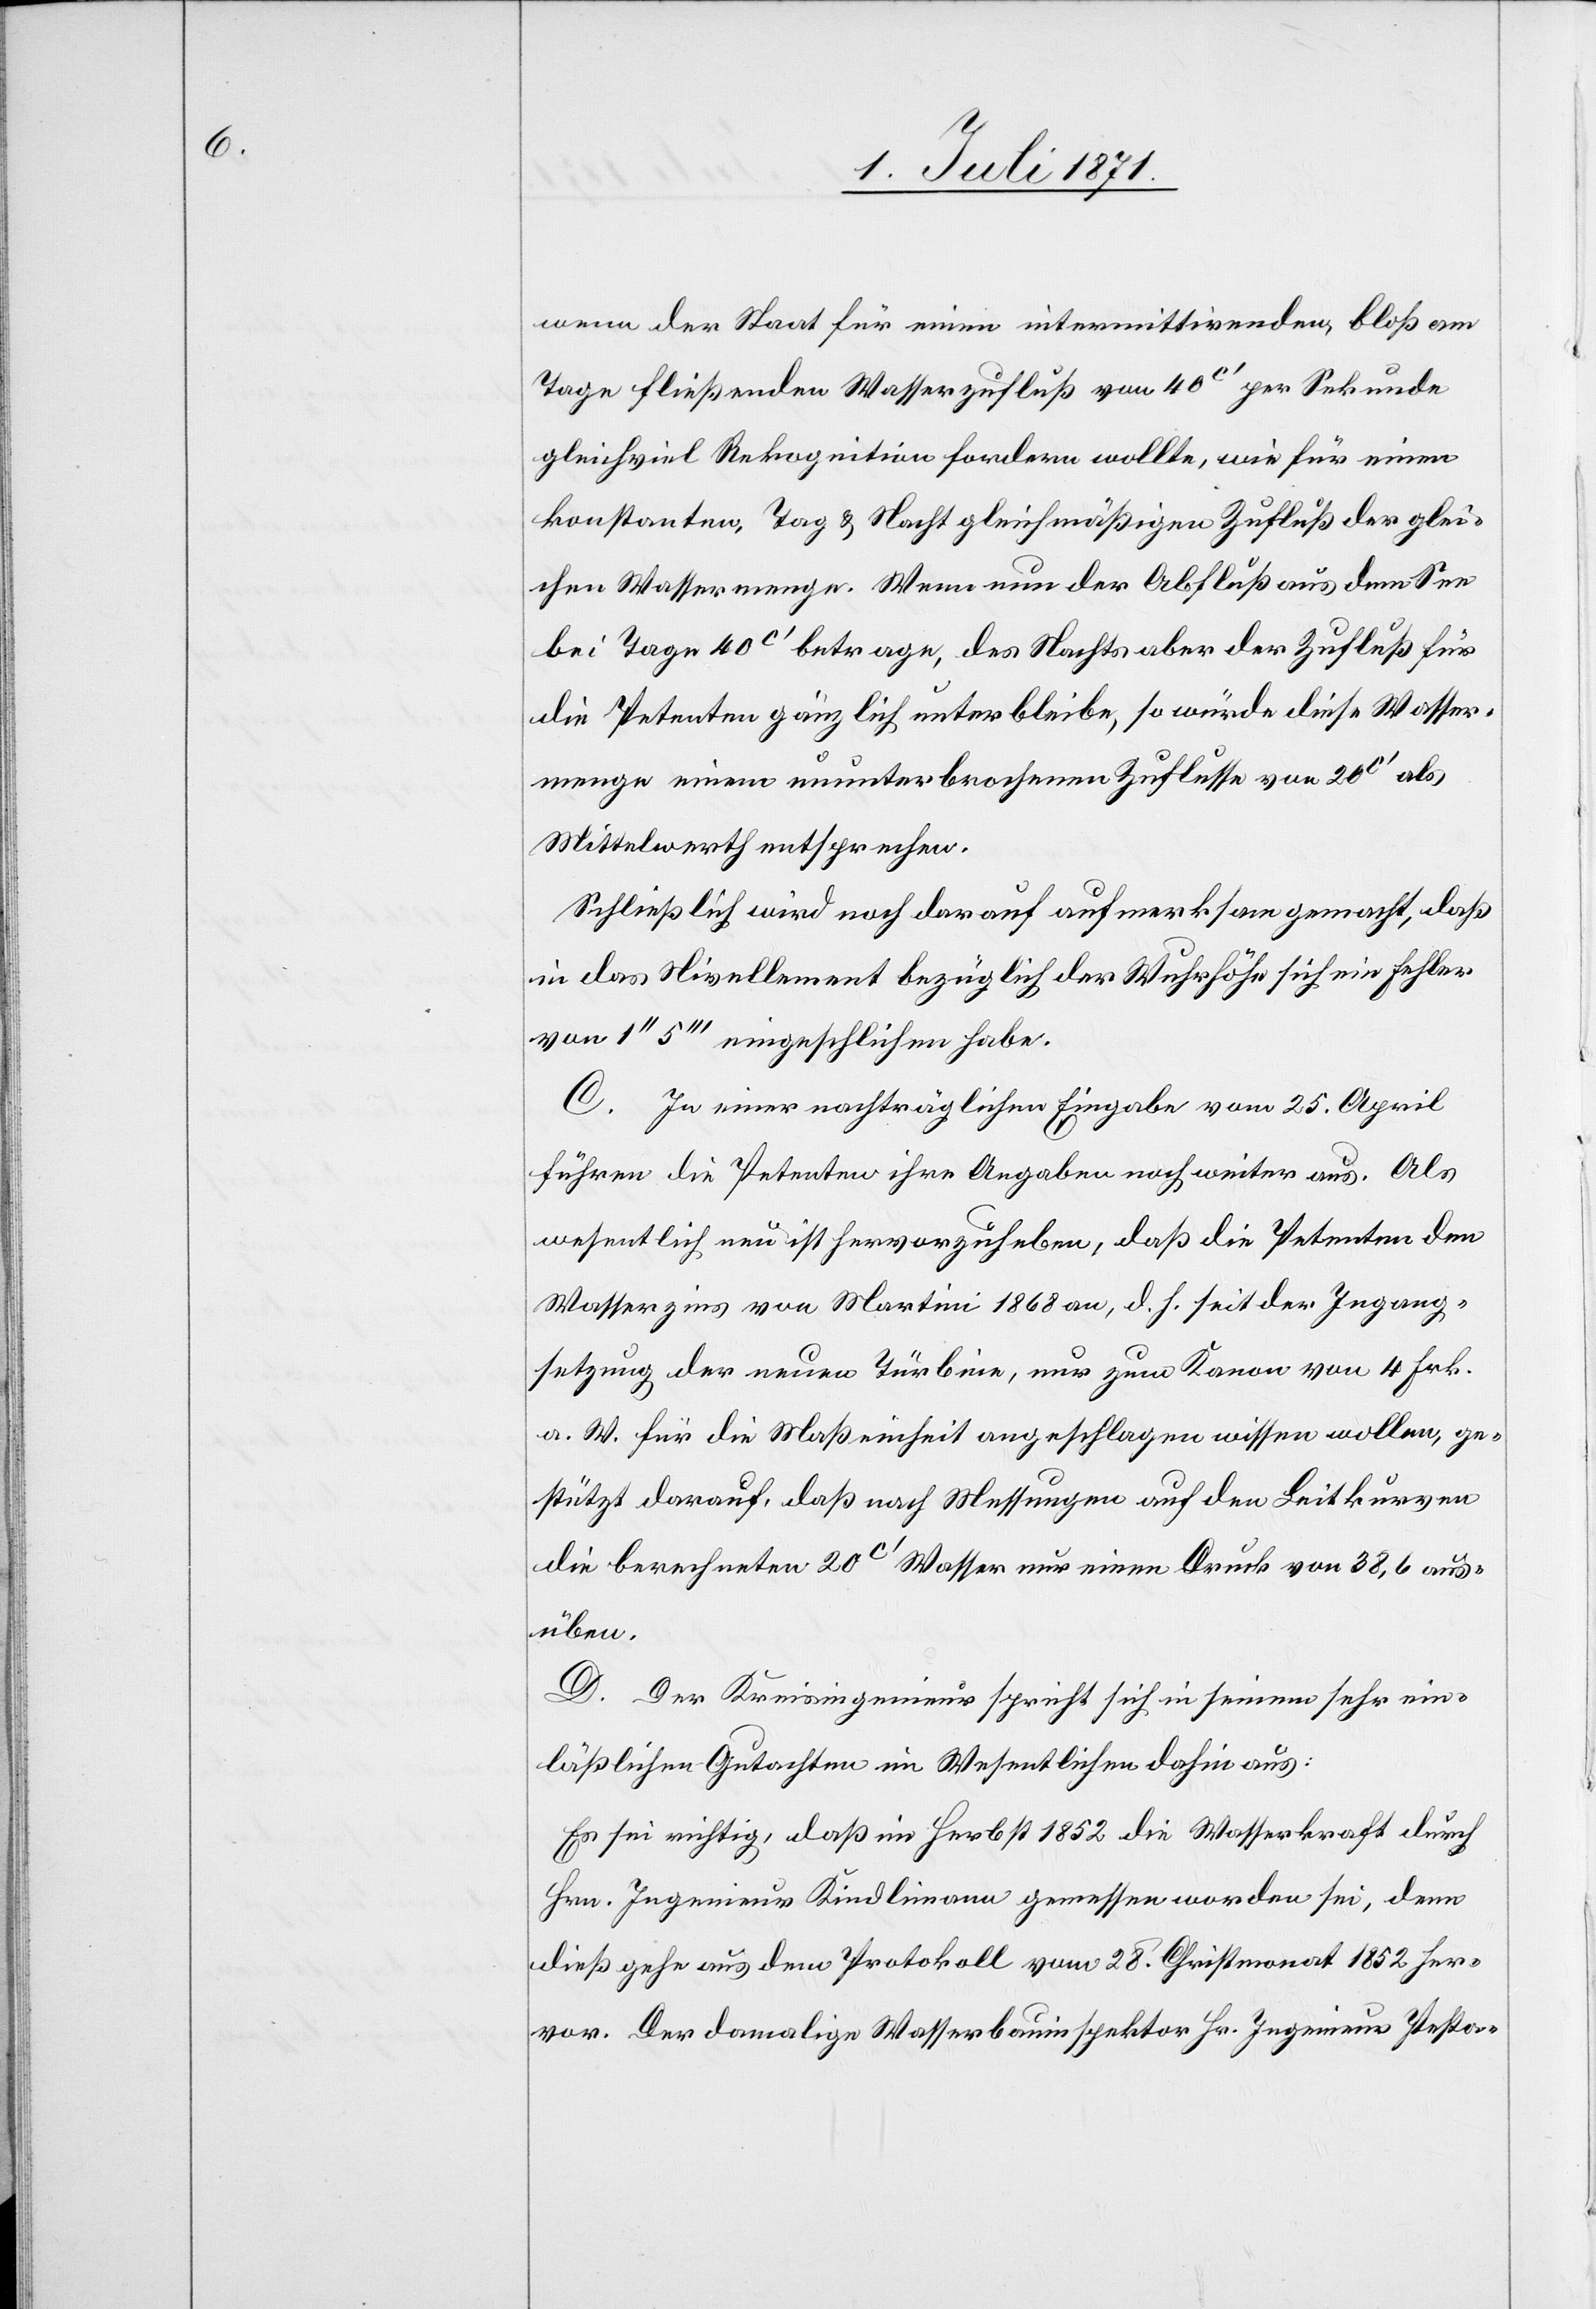
wenn der Staat für einen intermittirenden, bloß am
Tage fließenden Wasserzufluß von 40c‘ per Sekunde
gleichviel Rekognition fordern wollte, wie für einen
konstanten, Tag u. Nacht gleichmäßigen Zufluß der glei¬
chen Wassermenge. Wenn nun der Abfluß aus dem See
bei Tage 40c‘ betrage, des Nachts aber der Zufluß für
die Petenten gänzlich unterbleibe, so würde diese Wasser¬
menge einem ununterbrochenen Zuflusse von 20c‘ als
Mittelwerth entsprechen.
Schließlich wird noch darauf aufmerksam gemacht, daß
in das Nivellement bezüglich der Wuhrhöhe sich ein Fehler
von 1“ 5‘“ eingeschlichen habe.
C. In einer nachträglichen Eingabe vom 25. April
führen die Petenten ihre Angaben noch weiter aus. Als
wesentlich neu ist hervorzuheben, daß die Petenten den
Wasserzins von Martini 1868 an, d. h. seit der Ingang¬
setzung der neuen Türbine, nur zum Kanon von 4 Frk.
a. W. für die Maßeinheit angeschlagen wissen wollen, ge¬
stützt darauf, daß nach Messungen auf den Leitkurven
die berechneten 20c‘ Wasser nur einen Druck von 38,6 aus¬
üben.
D. Der Kreisingenieur spricht sich in seinem sehr ein¬
läßlichen Gutachten im Wesentlichen dahin aus:
Es sei richtig, daß im Herbst 1852 die Wasserkraft durch
Hrn. Ingenieur Kindlimann gemessen worden sei, denn
dieß gehe aus dem Protokoll vom 28. Christmonat her¬
vor. Der damalige Wasserbauinspektor Hr. Ingenieur Pesta-